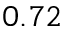
0 . 7 2